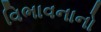
વિભાવનાનો